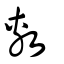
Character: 𢾭